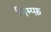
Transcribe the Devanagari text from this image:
निम्प्फ़